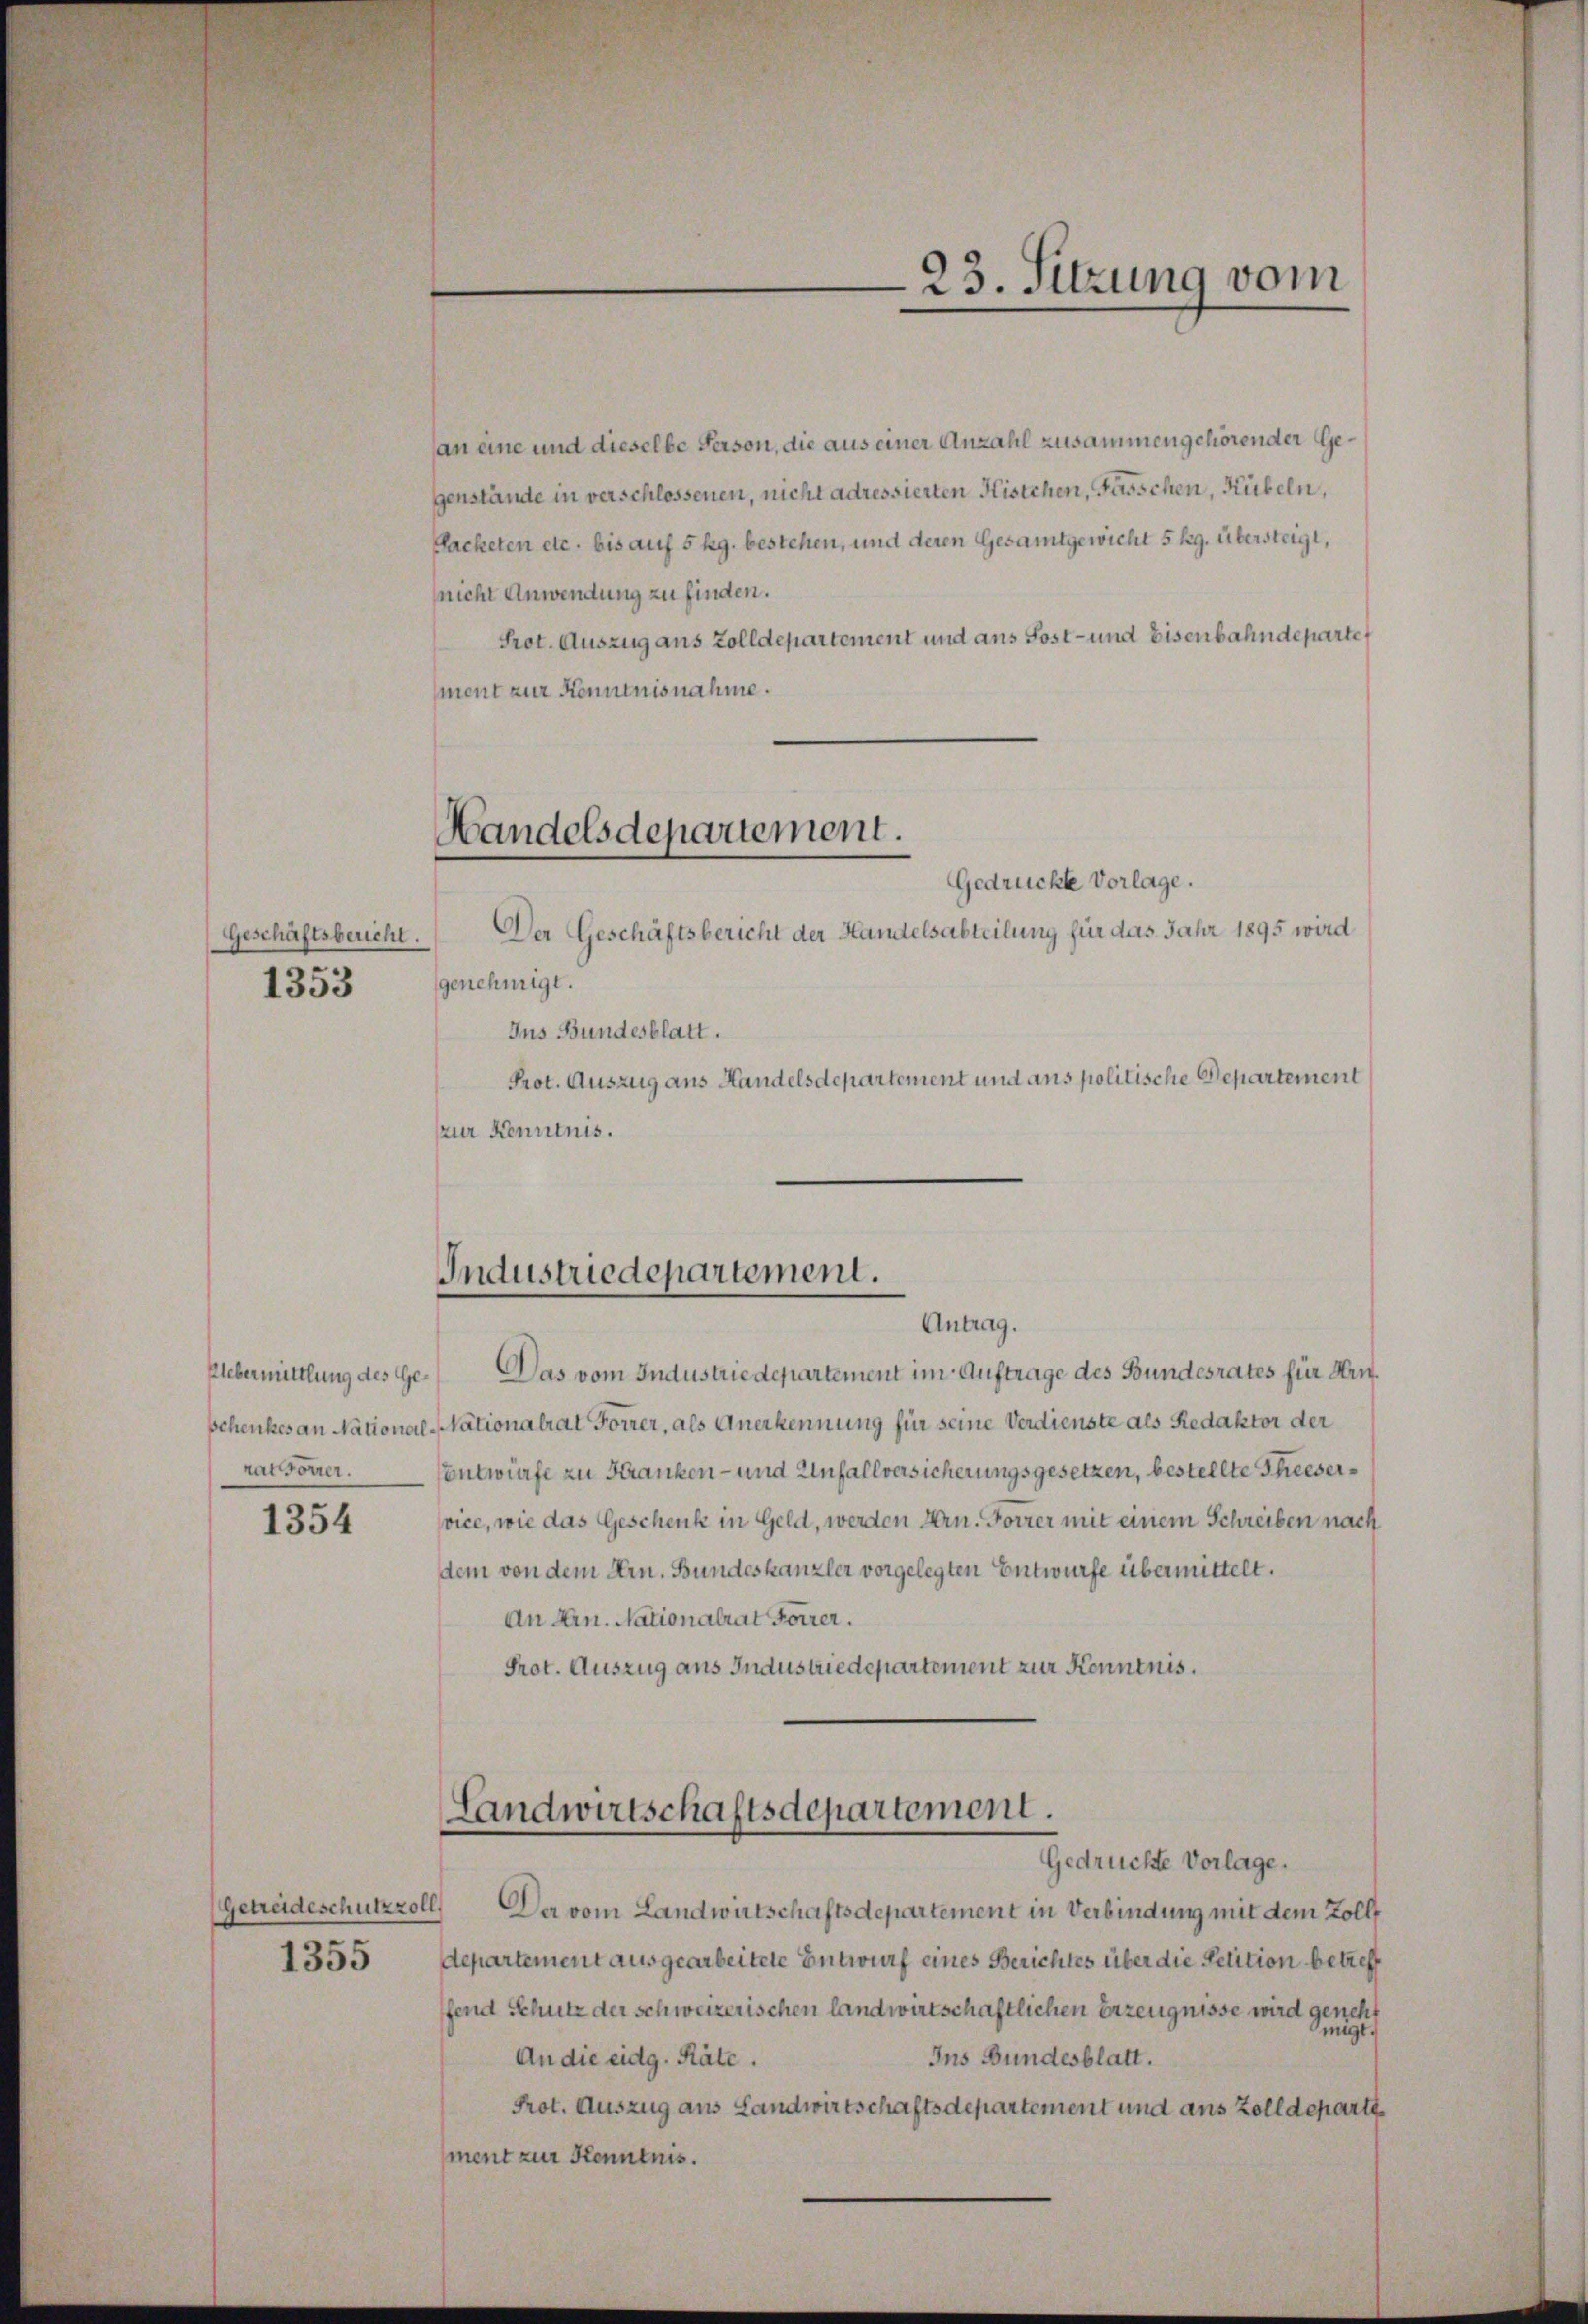
Geschäftsbericht.
1353

Uebermittlung des Geratfoner.
1354

Getreideschutzzoll
1355

an eine und dieselbe Person, die aus einer Anzahl zusammengehörender Gegenstände in verschlossenen, nicht adressierten Kistchen, Fasschen, Kübeln,
Packeten etc. bis auf 5 kg. bestehen, und deren Gesamtgewicht 5 kg. übersteigt,
nicht Anwendung zu finden.
Prot. Auszug aus Zolldepartement und ans Post- und Eisenbahndeparte
ment zur Kenntnisnahme.

Handelsdepartement.

Gedrückte Vorlage.
Der Geschäftsbericht der Handelsabteilung für das Jahr 1895 wird
genehmigt.
Ins Bundesblatt.
Prot. Auszug aus Handelsdepartement und ans politische Departement
(zur Kenntnis.

Industriedepartement.
Antrag.

Das vom Industriedepartement im Auftrage des Bundesrates für Hrn.
pchenkes an National-Nationalrat Forrer, als Anerkennung für seine Verdienste als Redaktor der
Entwürfe zu Kranken- und Unfallversicherungsgesetzen, bestellte Theeservice, wie das Geschenk in Geld, werden Arn. Forrer mit einem Schreiben nach
dem von dem Hrn. Bundeskanzler vorgelegten Entwurfe übermittelt.
An Hrn. Nationalrat Forrer.
Prot. Auszug aus Industriedepartement zur Kenntnis.

23. Sitzung vom

Landwirtschaftsdepartement.
Gedrückte Vorlage.

Der vom Landwirtschaftsdepartement in Verbindung mit dem Zoll
departement ausgearbeitete Entwurf eines Berichtes über die Petition betreff
fend Schutz der schweizerischen landwirtschaftlichen Erzeugnisse wird geneht
migt.
An die eidg. Räte.
Ins Bundesblatt.
Prot. Auszug aus Landwirtschaftsdepartement und aus Zolldeparti
ment zur Kenntnis.